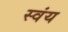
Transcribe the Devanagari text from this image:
स्‍वंय